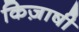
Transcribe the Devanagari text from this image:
किज़ाषी